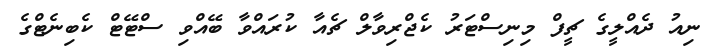
ނިއު ދެއްލީގެ ޗީފް މިނިސްޓަރު ކެޖްރިވާލް ޗެއާ ކުރައްވާ ބޭއްވި ސްޓޭޓް ކެބިނެޓްގެ